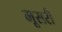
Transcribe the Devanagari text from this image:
मूसरी